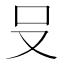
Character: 𪠲